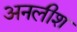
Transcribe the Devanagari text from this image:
अनलीश